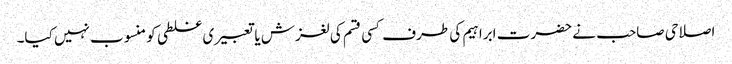
اصلاحی صاحب نے حضرت ابراہیم کی طرف کسی قسم کی لغزش یا تعبیری غلطی کو منسوب نہیں کیا۔